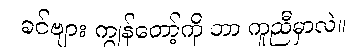
ခင်ဗျား ကျွန်တော့်ကို ဘာ ကူညီမှာလဲ။